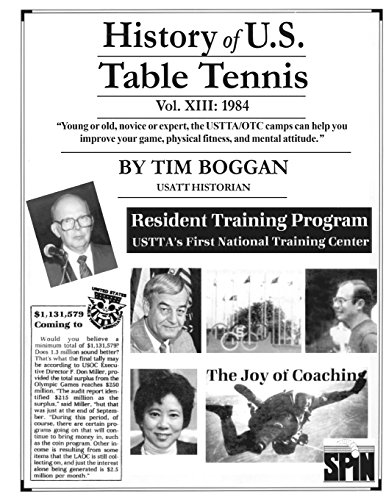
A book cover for History of U.S. Table Tennis Volume 13; Tim Boggan; Sports & Outdoors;